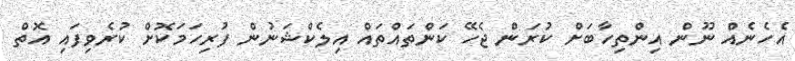
އެހެނެއް ނޫން އިންތިހާބަށް ކުރަން ޖެހޭ ކަންތައްތައް އިލެކްޝަނުން ފުރިހަމަކޮށް ކުރެވިފައި އޮތް